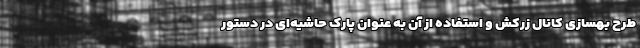
طرح بهسازی کانال زرکش و استفاده از آن به عنوان پارک حاشیه‌ای در دستور